Annual statistical returns and brief notes on vaccination in Bengal - 1896-1909
Year: 1896
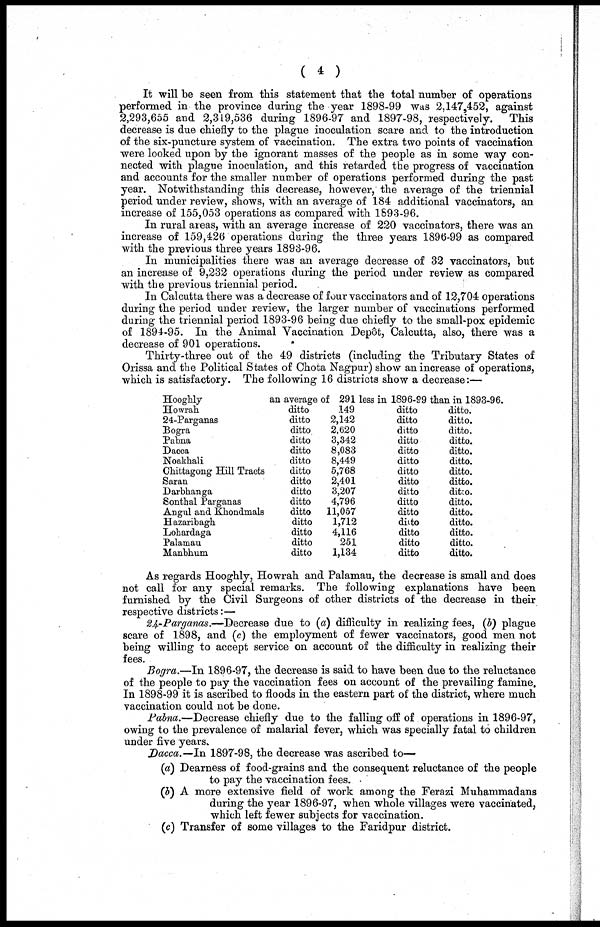
( 4 )
It will be seen from this statement that the total number of operations
performed in the province during the year 1898-99 was 2,147,452, against
2,293,655 and 2,319,536 during 1896-97 and 1897-98, respectively. This
decrease is due chiefly to the plague inoculation scare and to the introduction
of the six-puncture system of vaccination. The extra two points of vaccination
were looked upon by the ignorant masses of the people as in some way con-
nected with plague inoculation, and this retarded the progress of vaccination
and accounts for the smaller number of operations performed during the past
year. Notwithstanding this decrease, however, the average of the triennial
period under review, shows, with an average of 184 additional vaccinators, an
increase of 155,053 operations as compared with 1893-96.
In rural areas, with an average increase of 220 vaccinators, there was an
increase of 159,426 operations during the three years 1896-99 as compared
with the previous three years 1893-96.
In municipalities there was an average decrease of 32 vaccinators, but
an increase of 9,232 operations during the period under review as compared
with the previous triennial period.
In Calcutta there was a decrease of four vaccinators and of 12,704 operations
during the period under review, the larger number of vaccinations performed
during the triennial period 1893-96 being due chiefly to the small-pox epidemic
of 1894-95. In the Animal Vaccination Depôt, Calcutta, also, there was a
decrease of 901 operations.
Thirty-three out of the 49 districts (including the Tributary States of
Orissa and the Political States of Chota Nagpur) show an increase of operations,
which is satisfactory. The following 16 districts show a decrease:—
Hooghly
an average of 291 less in 1896-99 than in 1893-96.
Howrah
24-Parganas
Bogra
Pabna
Dacca
Noakhali
Chittagong Hill Tracts
Saran
Darbhanga
Sonthal Parganas
Angul and Khondmals
Hazaribagh
Lohardaga
Palamau
Manbhum
ditto
ditto
ditto.
ditto
ditto
ditto
ditto
ditto
ditto
ditto
ditto
ditto
ditto
ditto
ditto
149
2,142
2,620
3,342
8,083
8,449
5,768
2,401
3,207
4,796
11,057
1,712
4,116
251
1,134
ditto
ditto
ditto
ditto
ditto
ditto
ditto
ditto
ditto
ditto
ditto
diito
ditto
ditto
ditto
ditto.
ditto.
ditto.
ditto.
ditto.
ditto.
ditto.
ditto.
ditco.
ditto.
ditto.
ditto.
ditto.
ditto.
ditto.
As regards Hooghly, Howrah and Palamau, the decrease is small and does
not call for any special remarks. The following explanations have been
furnished by the Civil Surgeons of other districts of the decrease in their
respective districts:—
24-Parganas.—Decrease due to (a) difficulty in realizing fees, (b) plague
scare of 1898, and (c) the employment of fewer vaccinators, good men not
being willing to accept service on account of the difficulty in realizing their
fees.
Bogra.—In 1896-97, the decrease is said to have been due to the reluctance
of the people to pay the vaccination fees on account of the prevailing famine.
In 1898-99 it is ascribed to floods in the eastern part of the district, where much
vaccination could not be done.
Pabna.—Decrease chiefly due to the falling off of operations in 1896-97,
owing to the prevalence of malarial fever, which was specially fatal to children
under five years.
Dacca.—In 1897-98, the decrease was ascribed to—
(a) Dearness of food-grains and the consequent reluctance of the people
to pay the vaccination fees.
(b) A more extensive field of work among the Ferazi Muhammadans
during the year 1896-97, when whole villages were vaccinated,
which left fewer subjects for vaccination.
(c) Transfer of some villages to the Faridpur district.